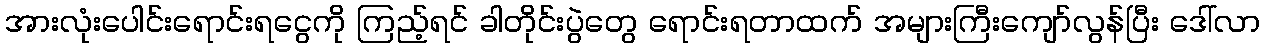
အားလုံးပေါင်းရောင်းရငွေကို ကြည့်ရင် ခါတိုင်းပွဲတွေ ရောင်းရတာထက် အများကြီးကျော်လွန်ပြီး ဒေါ်လာ